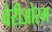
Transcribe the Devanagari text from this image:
वेरीओरम